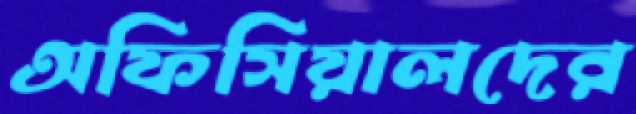
অফিসিয়ালদের